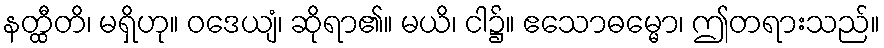
နတ္ထီတိ၊ မရှိဟု။ ဝဒေယျံ၊ ဆိုရာ၏။ မယိ၊ ငါ၌။ ဧသောဓမ္မော၊ ဤတရားသည်။